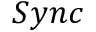
S y n c